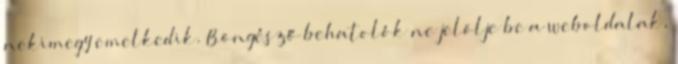
nekimegy emelkedik. Böngésző behatolók ne jelölje be a weboldalak,